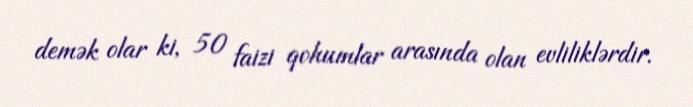
demək olar ki, 50 faizi qohumlar arasında olan evliliklərdir.